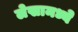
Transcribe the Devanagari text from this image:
लेखामध्येे